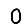
Digit: 0